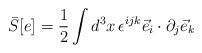
LaTeX: \begin{align*}{\bar S}[e]=\frac{1}{2}\int d^3x\, \epsilon^{ijk}{\vec e}_i\cdot\partial_j{\vec e}_k\end{align*}